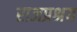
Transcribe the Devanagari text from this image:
राजप्रश्रय